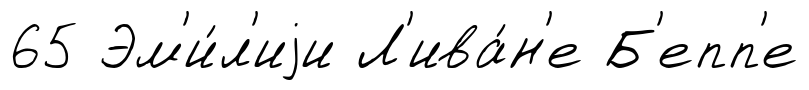
65 Эм'и́л'иjи Л'ива́н'е Б'епп'е